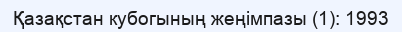
Қазақстан кубогының жеңімпазы (1): 1993